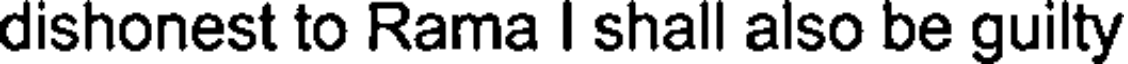
dishonest to Rama I shall also be guilty